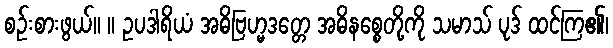
စဉ်းစားဖွယ်။ ။ ဥပဒါရိယံ အဓိဗြဟ္မဒတ္တေ အဓိနစ္စေတို့ကို သမာသ် ပုဒ် ထင်ကြ၏၊